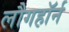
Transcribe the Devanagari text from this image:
लौगहॉर्न